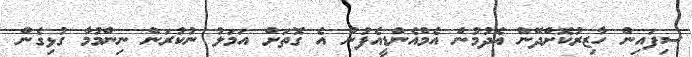
ސިފައިން ހާޒިރުކޮށްދޭން އެދުމުން އެމްއެންޑީއެފުން އެ ގޮތަށް އަމަލު ނުކުރަން ނިންމުމާ ގުޅިގެން